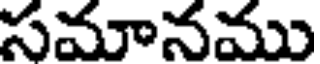
సమానము